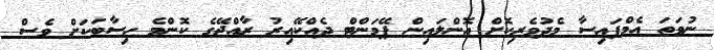
ނުވަތަ އެމްފައިސާ މެދުވެރިކޮށް އޮންލައިން ޕޭމަންޓް ދެއްކޭއިރު ރާއްޖޭގެ ކޮންމެ ހިސާބަކަށް ވެސް